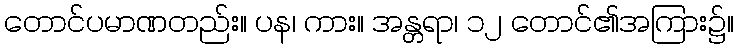
တောင်ပမာဏတည်း။ ပန၊ ကား။ အန္တရာ၊ ၁၂ တောင်၏အကြား၌။